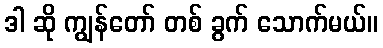
ဒါ ဆို ကျွန်တော် တစ် ခွက် သောက်မယ်။